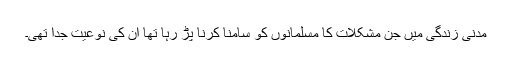
مدنی زندگی میں جن مشکلات کا مسلمانوں کو سامنا کرنا پڑ رہا تھا ان کی نوعیت جدا تھی۔